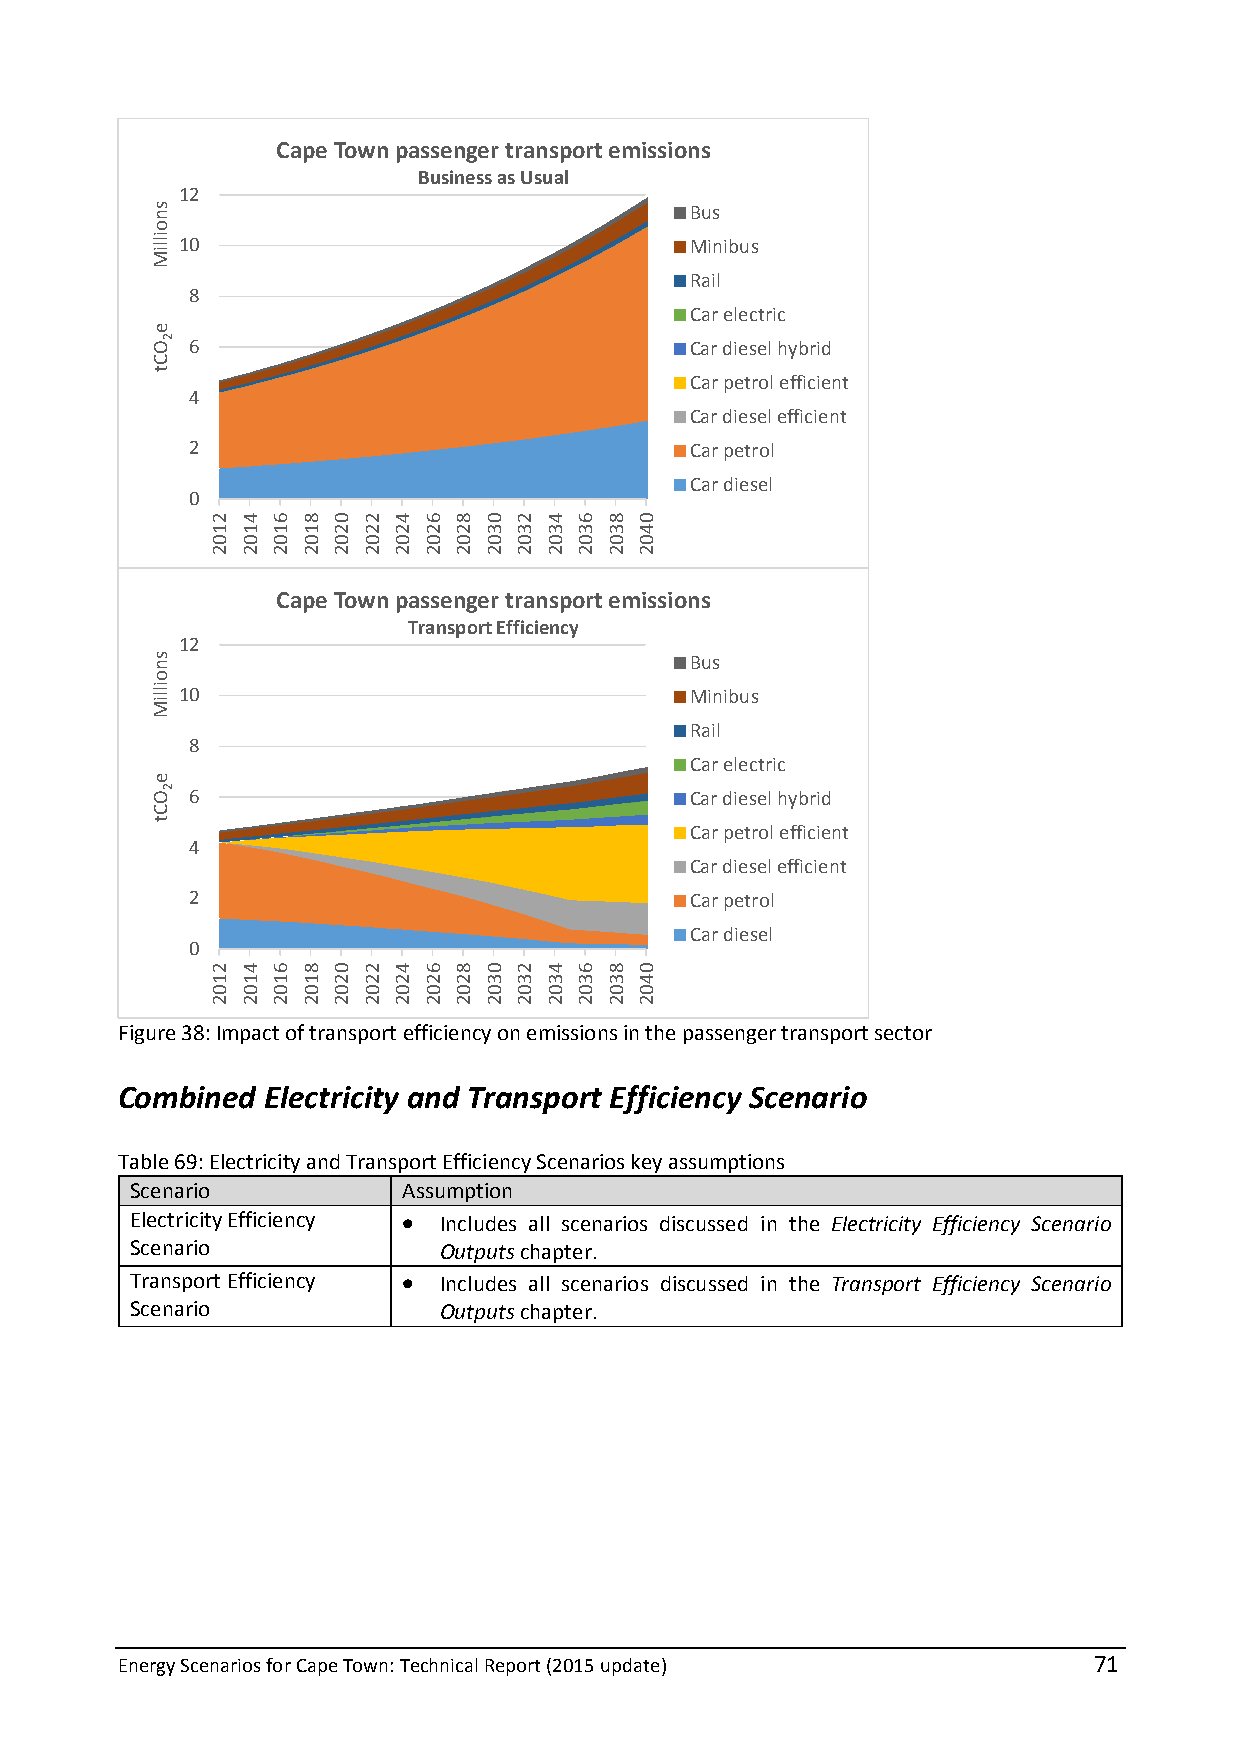
Cape Town passenger transport emissions
 Business as Usual
 12
 Bus
 10                                Minibus
 Rail
 8
 Car electric
 6                                Car diesel hybrid
 Car petrol efficient
 4
 Car diesel efficient
 2                                Car petrol
 Car diesel
 0
 Cape Town passenger transport emissions
 Transport Efficiency
 12
 Bus
 10                                Minibus
 Rail
 8
 Car electric
 6                                Car diesel hybrid
 Car petrol efficient
 4
 Car diesel efficient
 2                                Car petrol
 Car diesel
 0
 Figure 38: Impact of transport efficiency on emissions in the passenger transport sector
 Combined Electricity and Transport Efficiency Scenario
 Table 69: Electricity and Transport Efficiency Scenarios key assumptions
 Scenario          Assumption
 Electricity Efficiency  Includes all scenarios discussed in the Electricity Efficiency Scenario
 Scenario            Outputs chapter.
 Transport Efficiency  Includes all scenarios discussed in the Transport Efficiency Scenario
 Scenario            Outputs chapter.
 Energy Scenarios for Cape Town: Technical Report (2015 update)  71
 snoilliM
 e
 OCt
 snoilliM
 e
 OCt
 2
 2
 2102
 2102
 4102
 4102
 6102
 6102
 8102
 8102
 0202
 0202
 2202
 2202
 4202
 4202
 6202
 6202
 8202
 8202
 0302
 0302
 2302
 2302
 4302
 4302
 6302
 6302
 8302
 8302
 0402
 0402